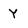
Character: Y